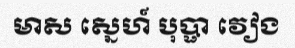
មាស ស្នេហ៍ បុប្ផា វៀង